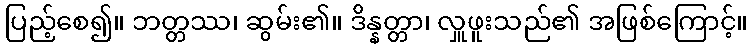
ပြည့်စေ၍။ ဘတ္တဿ၊ ဆွမ်း၏။ ဒိန္နတ္တာ၊ လှူဖူးသည်၏ အဖြစ်ကြောင့်။